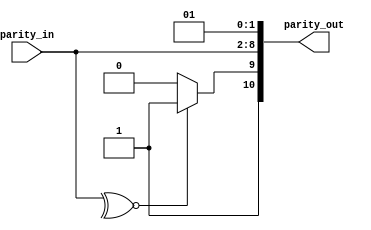
module tx_parity (input [6:0] parity_in,
                  output reg [10:0] parity_out);

    always @(parity_in) begin // Execute always at a 7bit data input
        parity_out[0] = 1'b1; // Place a 0 as the first bit
        parity_out[1] = 1'b0; // Place the start bit
        parity_out[8:2] = parity_in; // Place the data bits
        parity_out[10] = 1'b1; // Place the stop bit

        if (~^parity_in) // Odd parity check: When the inverse of XOR is true
            parity_out[9] = 1'b1; // Set parity to 1
        else
            parity_out[9] = 1'b0; // Otherwise set parity to 0
    end
endmodule